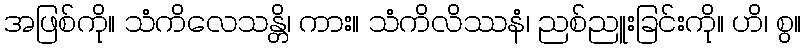
အဖြစ်ကို။ သံကိလေသန္တိ၊ ကား။ သံကိလိဿနံ၊ ညစ်ညူးခြင်းကို။ ဟိ၊ စွ။